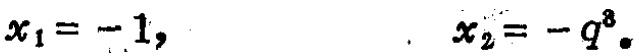
$x_{1}=-1,\qquad x_{2}=-q^{8}.$